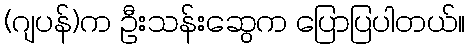
(ဂျပန်)က ဦးသန်းဆွေက ပြောပြပါတယ်။